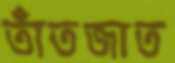
তাঁতজাত